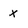
Character: x